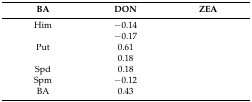
<table><thead><tr><td><b>BA</b></td><td><b>DON</b></td><td><b>ZEA</b></td></tr></thead><tbody><tr><td>Him</td><td>−0.14</td><td>[EMPTY_CELL]</td></tr><tr><td>[EMPTY_CELL]</td><td>−0.17</td><td>[EMPTY_CELL]</td></tr><tr><td>Put</td><td>0.61</td><td>[EMPTY_CELL]</td></tr><tr><td>[EMPTY_CELL]</td><td>0.18</td><td>[EMPTY_CELL]</td></tr><tr><td>Spd</td><td>0.18</td><td>[EMPTY_CELL]</td></tr><tr><td>Spm</td><td>−0.12</td><td>[EMPTY_CELL]</td></tr><tr><td>BA</td><td>0.43</td><td>[EMPTY_CELL]</td></tr></tbody></table>